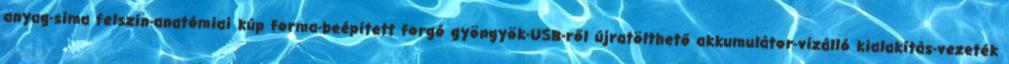
anyag-sima felszín-anatómiai kúp forma-beépített forgó gyöngyök-USB-ről újratölthető akkumulátor-vízálló kialakítás-vezeték